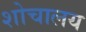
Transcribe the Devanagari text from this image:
शोचालय